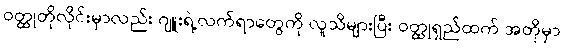
ဝတ္ထုတိုလိုင်းမှာလည်း ဂျူးရဲ့လက်ရာတွေကို လူသိများပြီး ဝတ္ထုရှည်ထက် အတိုမှာ